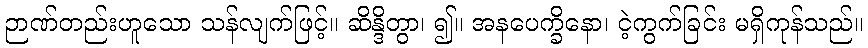
ဉာဏ်တည်းဟူသော သန်လျက်ဖြင့်။ ဆိန္ဒိတွာ၊ ၍။ အနပေက္ခိနော၊ ငဲ့ကွက်ခြင်း မရှိကုန်သည်။